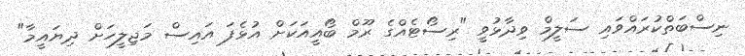
ނިސްބަތްކުރައްވައި ސަލީމް ވިދާޅުވީ "ރިސޯޓެއްގެ ރޫމް ބޯއީއަކަށް އުޅެފަ އައިސް މަޖިލީހަށް ދިޔައީމާ"